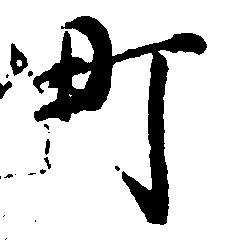
町